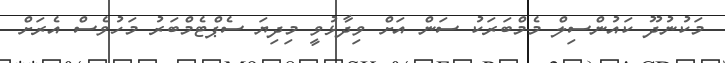
މަކުނުދޫ ކައުންސިލް މެމްބަރަކު ސަން އަށް ވިދާޅުވީ މިދިޔަ ސެޕްޓެމްބަރު މަހުވެސް އެރަށް